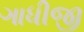
ગાધીજી